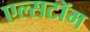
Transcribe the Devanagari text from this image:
एल्सटॉम